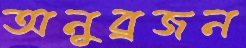
অনুব্রজন